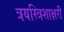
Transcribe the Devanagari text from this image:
त्रयस्त्रिशाक्षरी